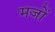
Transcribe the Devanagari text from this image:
मजों